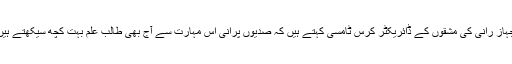
جہاز رانی کی مشقوں کے ڈائریکٹر کرس ٹامسی کہتے ہیں کہ صدیوں پرانی اس مہارت سے آج بھی طالب علم بہت کچھ سیکھتے ہیں۔